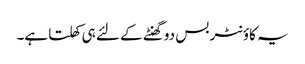
یہ کاؤنٹر بس دو گھنٹے کے لئے ہی کھلتا ہے۔